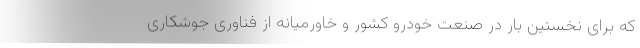
که برای نخستین بار در صنعت خودرو کشور و خاورمیانه از فناوری جوشکاری